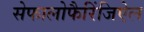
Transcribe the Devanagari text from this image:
सेफालोफैरिंजिऐल